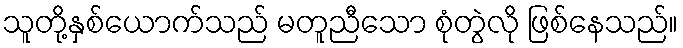
သူတို့နှစ်ယောက်သည် မတူညီသော စုံတွဲလို ဖြစ်နေသည်။